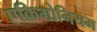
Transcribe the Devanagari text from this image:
एक्रिमोनियम